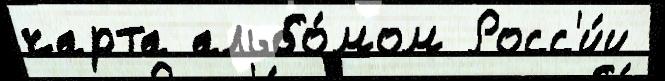
чарта альбо́мом Росс'и́и